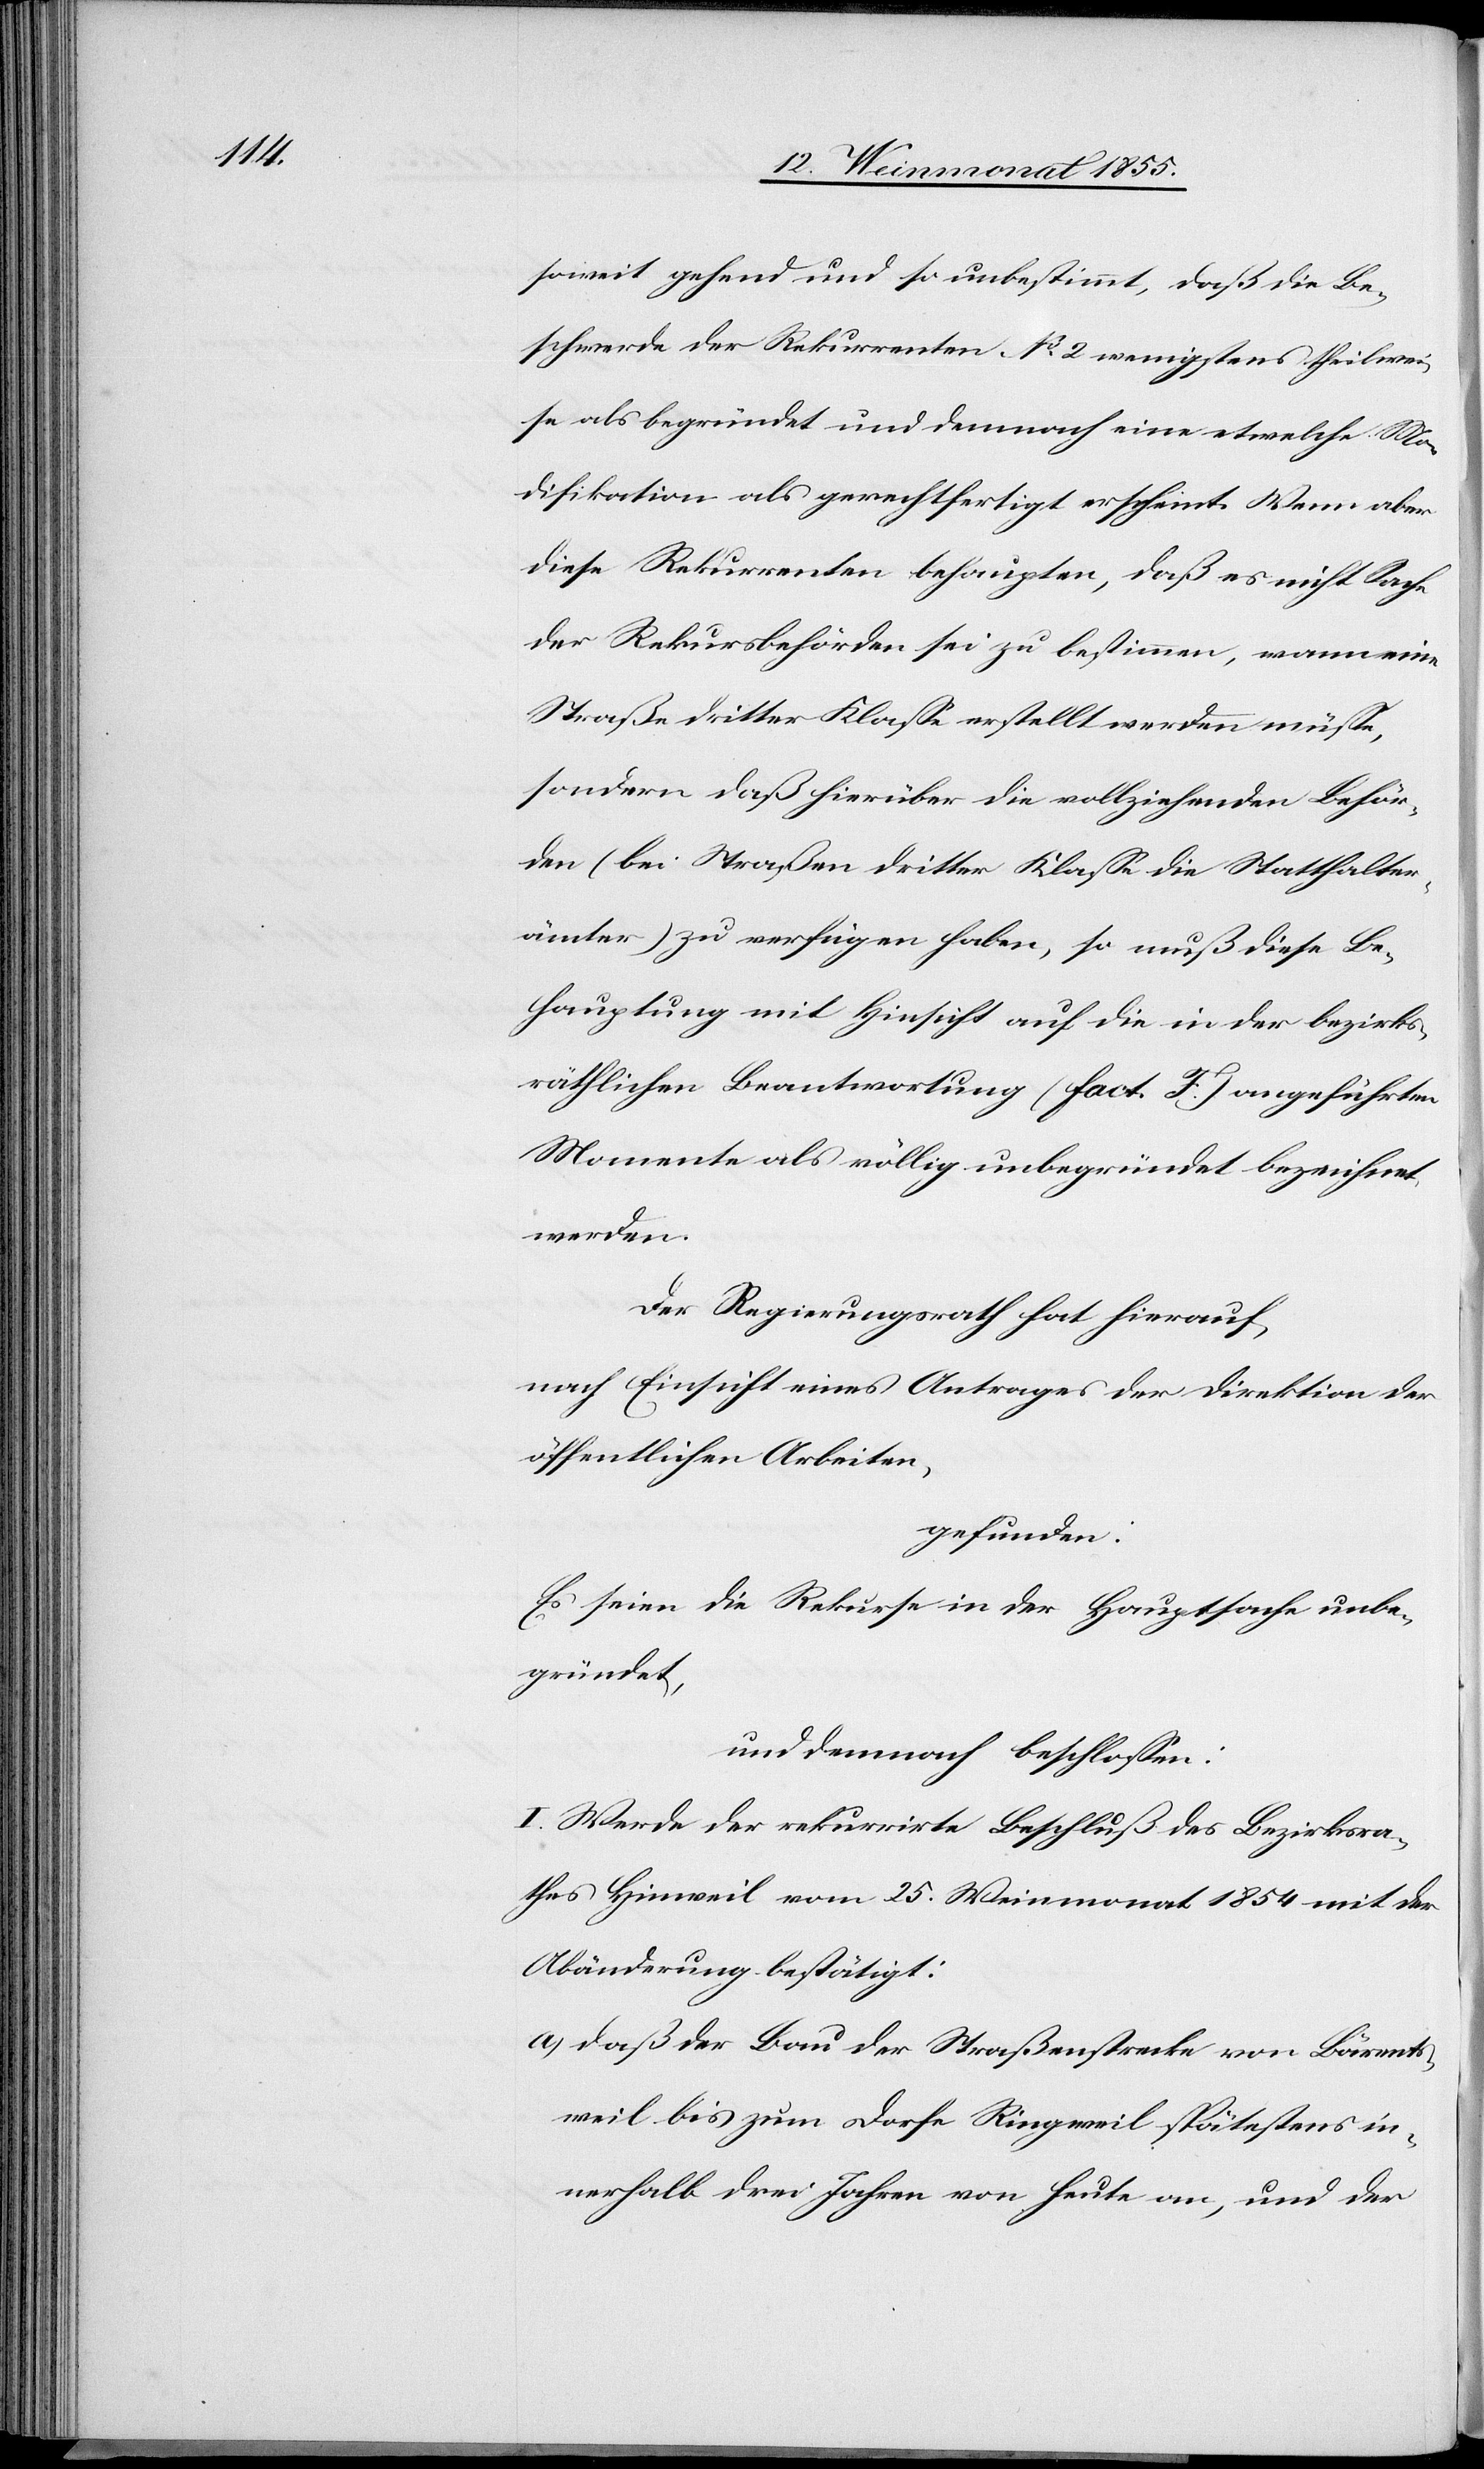
so weit gehend und so unbestimmt, daß die Be¬
schwerde der Rekurrenten No 2 wenigstens theilwei¬
se als begründet und demnach eine etwelche Mo¬
difikation als gerechtfertigt erscheint. Wenn aber
diese Rekurrenten behaupten, daß es nicht Sache
der Rekursbehörden sei zu bestimmen, wann eine
Straße dritter Klasse erstellt werden müsse,
sondern daß hierüber die vollziehenden Behör¬
den (bei Straßen dritter Klasse die Statthalter¬
ämter) zu verfügen haben, so muß diese Be¬
hauptung mit Hinsicht auf die in der bezirks¬
räthlichen Beantwortung (Fact. F.) angeführten
Momente als völlig unbegründet bezeichnet
werden.
Der Regierungsrath hat hierauf,
nach Einsicht eines Antrages der Direktion der
öffentlichen Arbeiten,
gefunden:
Es seien die Rekurse in der Hauptsache unbe¬
gründet,
und demnach beschlossen:
I. Werde der rekurrirte Beschluß des Bezirksra¬
thes Hinweil vom 25. Weinmonat 1854 mit der
Abänderung bestätigt:
daß der Bau der Straßenstrecke von Bärents¬
weil bis zum Dorfe Ringweil spätestens in¬
nerhalb drei Jahren von heute an, und der